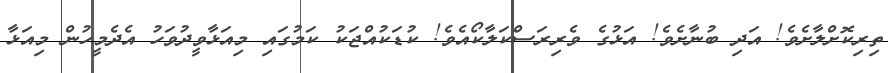
ތިރިކޮށްލާށެވެ! އަދި ބުނާށެވެ! އަޅުގެ ވެރިރަސްކަލާކޯއެވެ! ކުޑަކުއްޖަކު ކަމުގައި މިއަޅާވީދުވަހު އެދެމީހުން މިއަޅާ